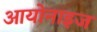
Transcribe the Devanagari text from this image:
आयोनाइज